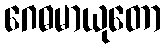
ဂေဓမာယုတော